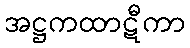
အဋ္ဌကထာဋီကာ